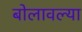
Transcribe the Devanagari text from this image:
बोलावल्या